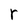
Character: r